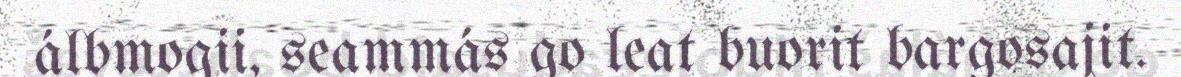
álbmogii, seammás go leat buorit bargosajit.